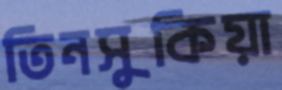
তিনসুকিয়া